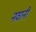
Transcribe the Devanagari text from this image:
नवानी